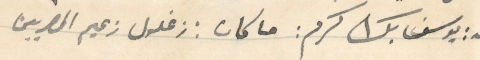
بعد: يوسف بك كرم: ما كان: زغلول زعيم المصريين